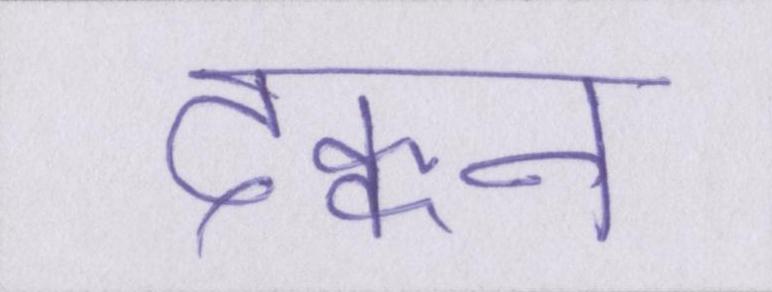
दक्कन